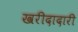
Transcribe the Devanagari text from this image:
खरीदादारी